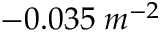
- 0 . 0 3 5 \; m ^ { - 2 }